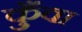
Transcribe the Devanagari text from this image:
कुँवा